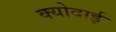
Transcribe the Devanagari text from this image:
क्योदाई